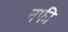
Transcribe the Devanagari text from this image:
नफी